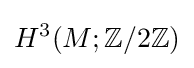
H^{3}(M;\mathbb {Z} /2\mathbb {Z} )